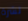
نشرة